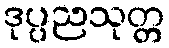
ဒုပ္ပညသုတ္တ